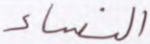
النساء